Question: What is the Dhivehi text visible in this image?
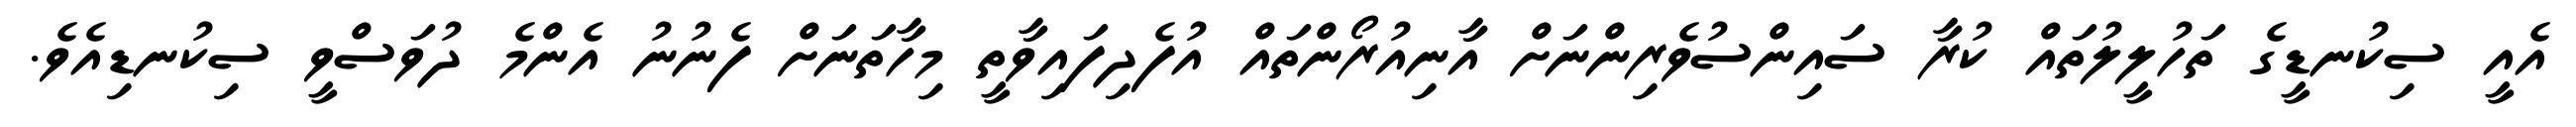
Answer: އެއީ ސިކުނޑީގެ ތަހުލީލުތައް ކުރާ ސައިންސުވެރިންނަށް އާނިއުރޯންތައް އުފެދިފައިވާތީ މިހާތަނަށް ފެނުނު އެންމެ ދުވަސްވީ ސިކުނޑިއެވެ.